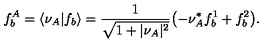
f _ { b } ^ { A } = \langle \nu _ { A } \vert f _ { b } \rangle = { \frac { 1 } { \sqrt { 1 + \vert \nu _ { A } \vert ^ { 2 } } } } \bigl ( - \nu _ { A } ^ { * } f _ { b } ^ { 1 } + f _ { b } ^ { 2 } \bigr ) .